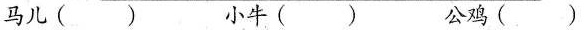
马儿( ) 小牛( ) 公鸡( )